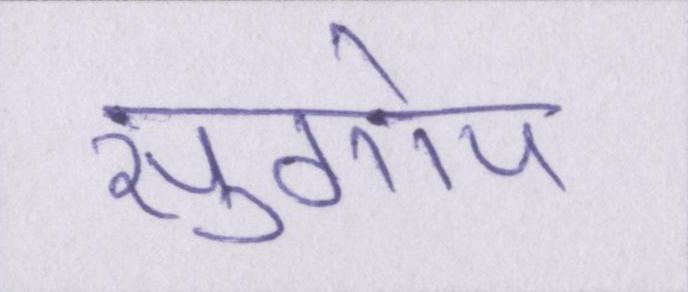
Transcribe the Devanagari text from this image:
सुगोप